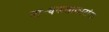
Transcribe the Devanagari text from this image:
नाट्यकलाकारांना